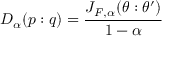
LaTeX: D _ { \alpha } ( p : q ) = { \frac { J _ { F , \alpha } ( \theta : \theta ^ { \prime } ) } { 1 - \alpha } }